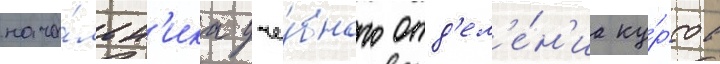
нача́льн'ика уче́бного отд'ел'е́н'иа ку́рсов